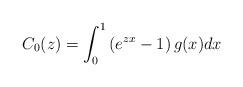
LaTeX: \begin{align*}C_0(z)=\int_0^1\left(e^{zx}-1\right) g(x) dx\end{align*}